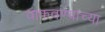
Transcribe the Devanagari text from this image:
वाफवण्याच्या